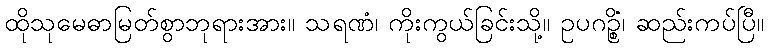
ထိုသုမေဓာမြတ်စွာဘုရားအား။ သရဏံ၊ ကိုးကွယ်ခြင်းသို့။ ဥပဂဉ္စိံ၊ ဆည်းကပ်ပြီ။